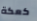
كعكة